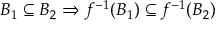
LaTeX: B _ { 1 } \subseteq B _ { 2 } \Rightarrow f ^ { - 1 } ( B _ { 1 } ) \subseteq f ^ { - 1 } ( B _ { 2 } )